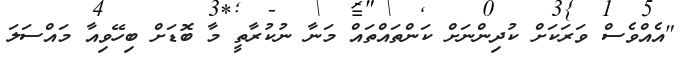
"އެއްވެސް ވަރަކަށް ކުދިންނަށް ކަންތައްތައް މަނާ ނުކުރާތީ މާ ބޮޑަށް ބިހޭވިއާ މައްސަލަ